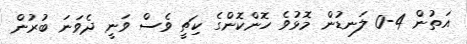
އަތުން 4-0 ލަނޑުން މޮޅުވެ ހޮންކޮންގެ ކިޗީ ވެސް ވަނީ ދެވަނަ ބުރުން